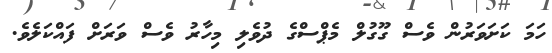
ހަމަ ކަށަވަރުން ވެސް ގޫގުލް މެޕްސްގެ ދުވެލި މިހާރު ވެސް ވަރަށް ފައްކަލެވެ.